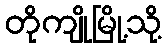
တိုကျိုမြို့သို့